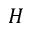
H